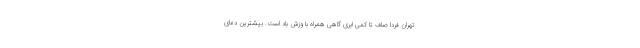
تهران فردا صاف تا کمی ابری گاهی همراه با وزش باد است. بیشترین دمای